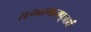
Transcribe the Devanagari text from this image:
सत्कारमानपूजार्थं